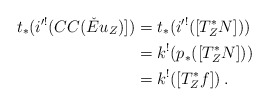
\begin{align*}t_*(i'^!(CC(\check{E}u_Z)]) &= t_*(i'^!([T^*_ZN])) \\&= k^!(p_*([T^*_ZN])) \\&= k^!([T^*_Zf])\:.\end{align*}